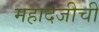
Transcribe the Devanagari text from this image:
महादजीची